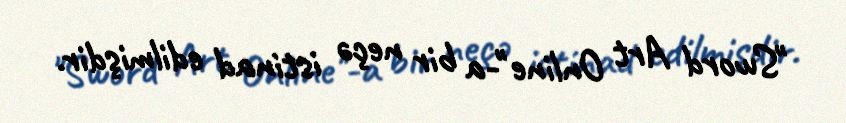
"Sword Art Online"-a bir neçə istinad edilmişdir.